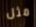
مثل